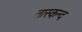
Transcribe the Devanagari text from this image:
तास्कन्द